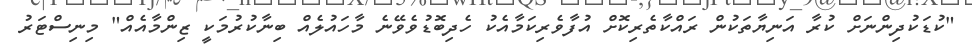
"ކުޑަކުދިންނަށް ކުރާ އަނިޔާތަކުން ރައްކާތެރިކޮށް އުފާވެރިކަމާއެކު ހެދިބޮޑުވެވޭނެ މާހައުލެއް ބިނާކުރުމަކީ ޒިންމާއެއް" މިނިސްޓަރު